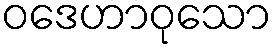
ဝဒေဟာဝုသော